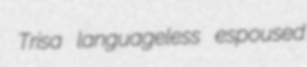
Trisa languageless espoused